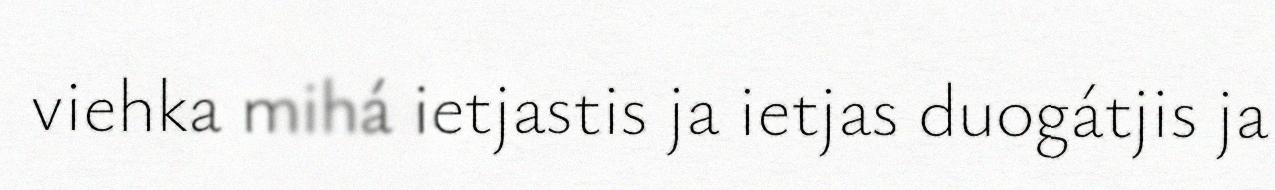
viehka mihá ietjastis ja ietjas duogátjis ja